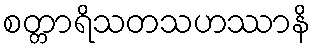
စတ္တာရိသတသဟဿာနိ